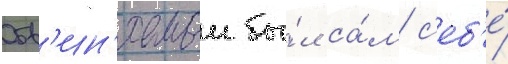
Обв'ин'яемыи бы́л са́м с'еб'е́